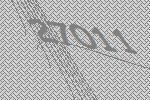
27011